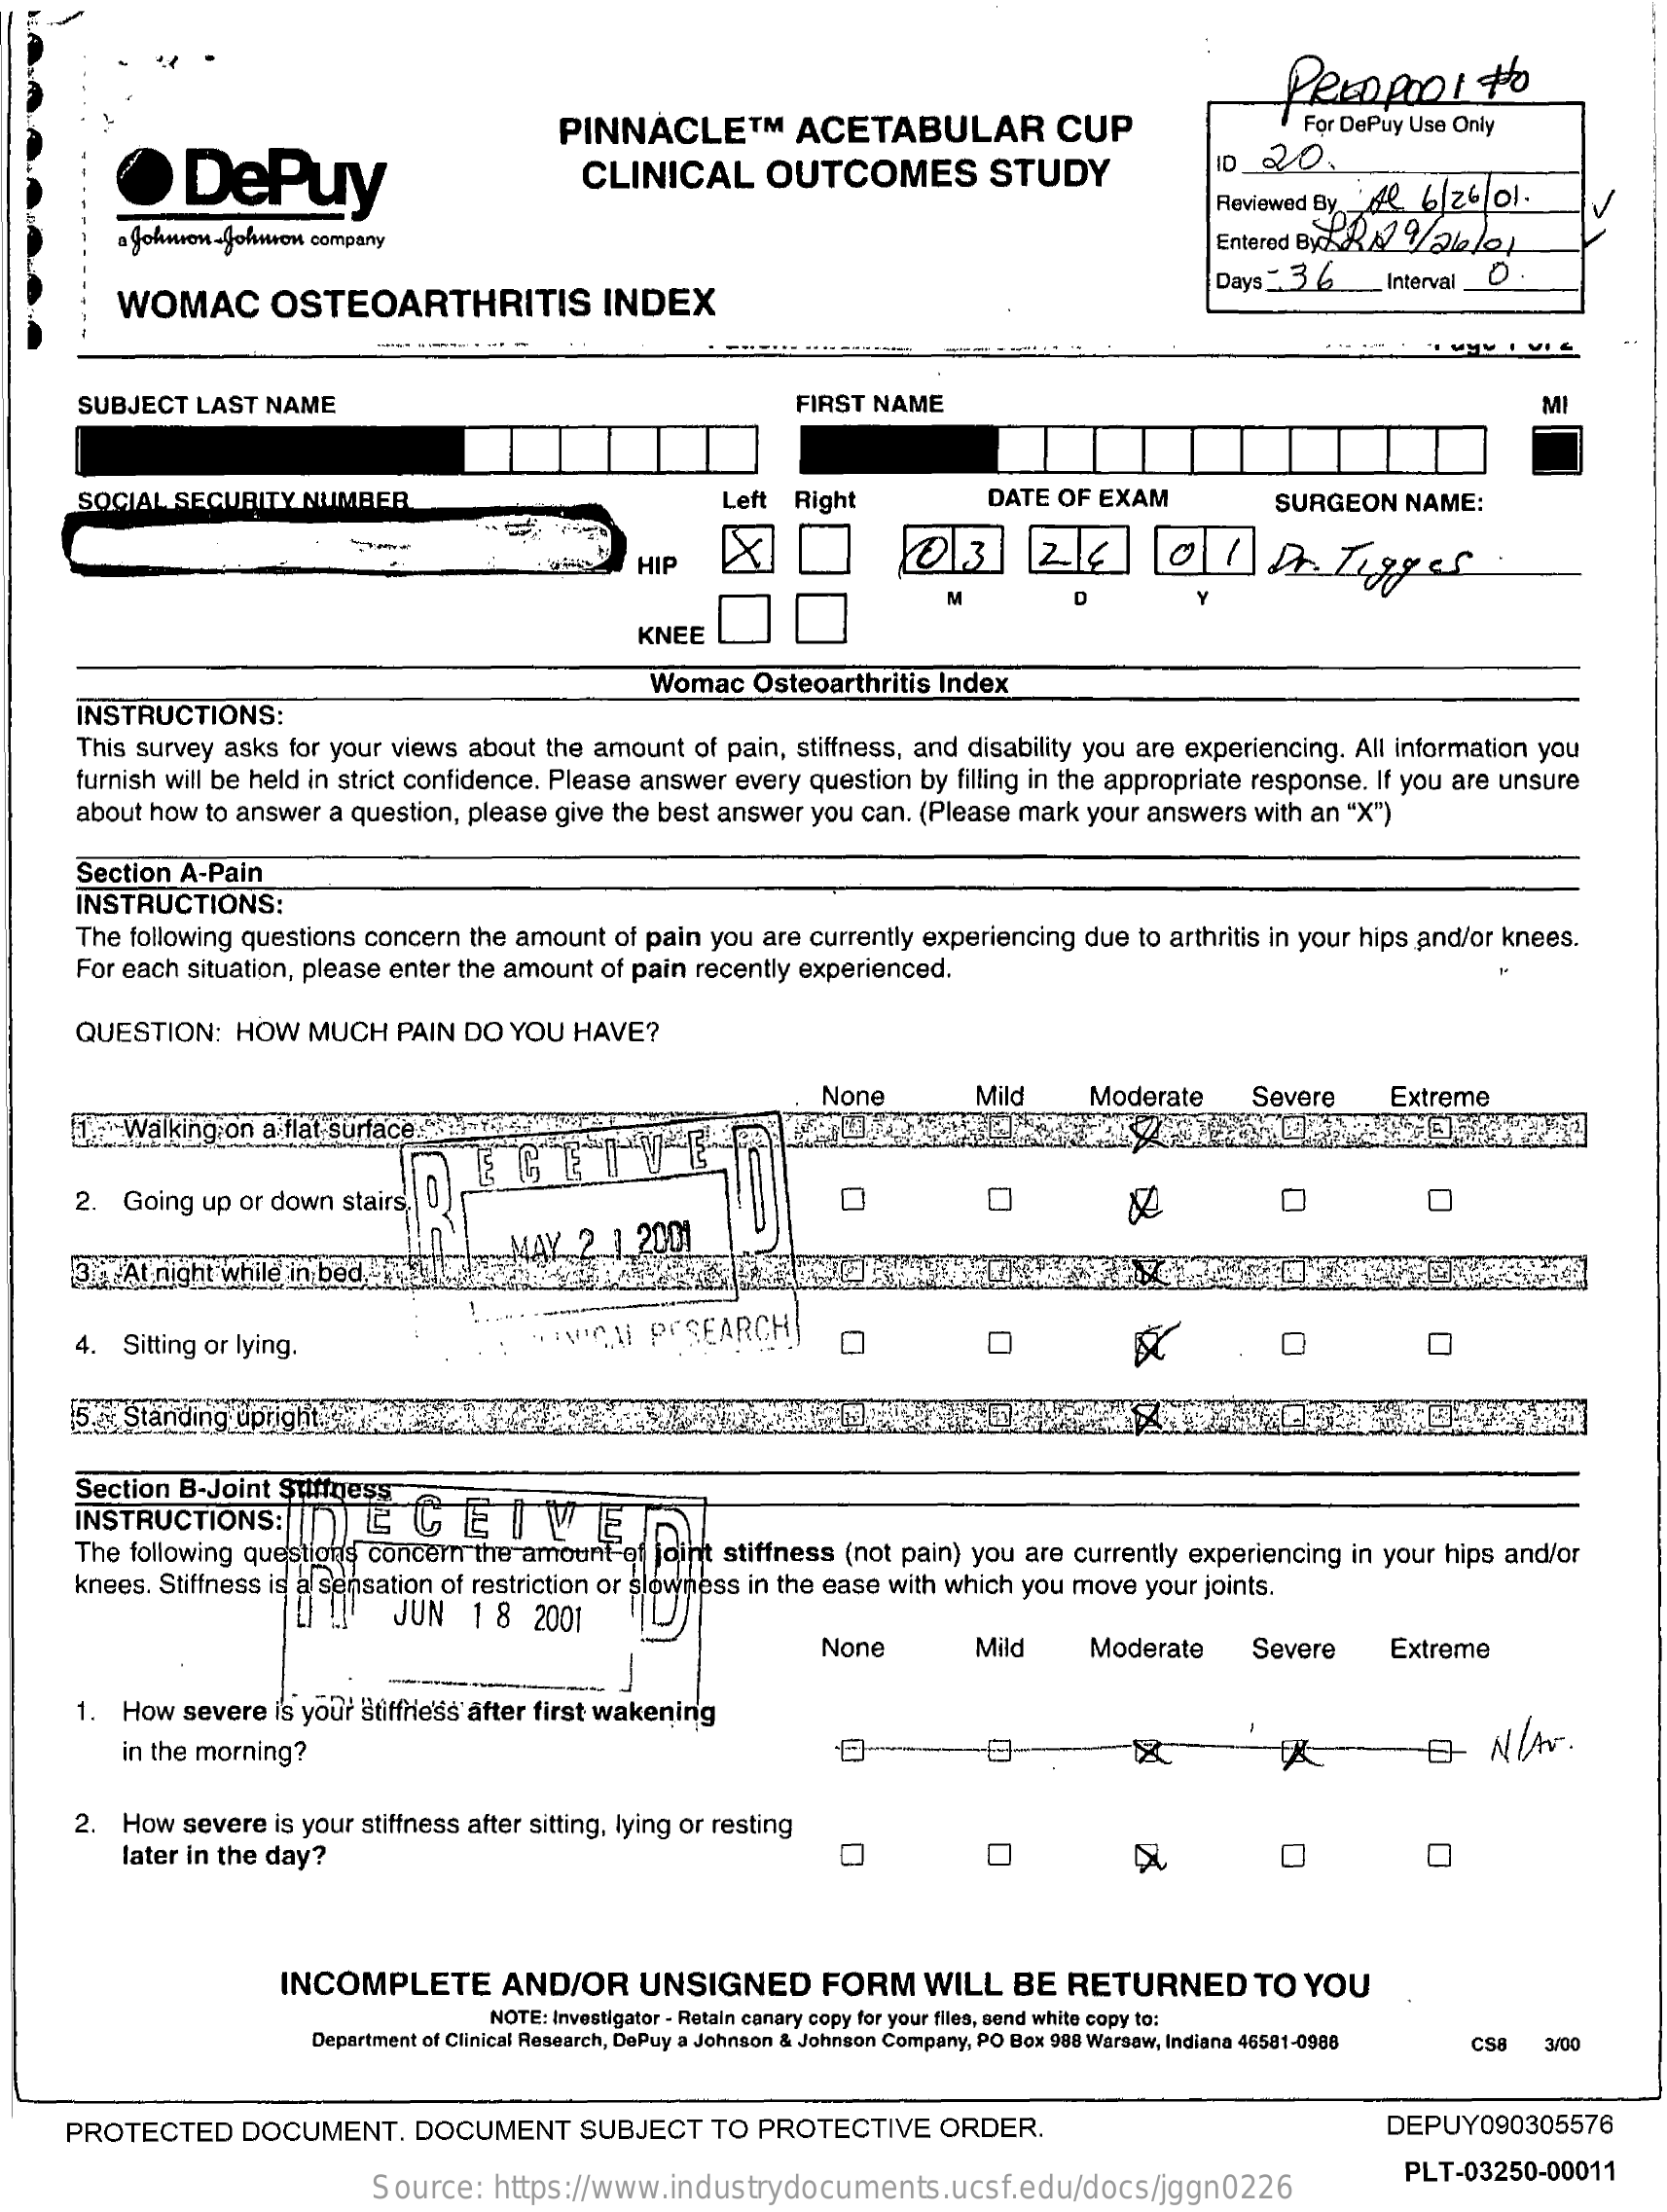
PREDPODI    #
     PINNACLE    ™   ACETABULAR    CUP    For DePuy Use Only
     DePuy    CLINICAL    OUTCOMES    STUDY    0  20.
     Reviewed By 'Al. 6/26/01.
     Johnson-Johnson company    Entered By/ 2 1 /2leo
     WOMAC    OSTEOARTHRITIS    INDEX
     Days - 3 6   Interval_O .
     SUBJECT LAST NAME    FIRST NAME    MI
     SOCIAL SECURITY NUMBER    Left  Right    DATE OF EXAM    SURGEON  NAME:
     XI    12/6
     HIP
     M
     KNEE
     Womac  Osteoarthritis Index
     INSTRUCTIONS:
     This survey asks for your views about the amount of pain, stiffness, and disability you are experiencing. All information you
     furnish will be held in strict confidence. Please answer every question by filling in the appropriate response. If you are unsure
     about how to answer a question, please give the best answer you can. (Please mark your answers with an "X")
     Section A-Pain
     INSTRUCTIONS:
     The following questions concern the amount of pain you are currently experiencing due to arthritis in your hips and/or knees.
     For each situation, please enter the amount of pain recently experienced.
     QUESTION:  HOW  MUCH   PAIN DO YOU HAVE?
     None    Mild    Moderate    Severe    Extreme
     talking on a flat surface ."3-7%
     EGEIVE
     2. Going up or down stairs,
     MAY  2 1 2001
     IS cr At night while i
     pa
     4. Sitting or lying.
     PCSEARCH
     (5. Standing
     Section B-Joint Stiffness
     INSTRUCTIONS:    &CEIVE
     The following questions concern the amount of joint stiffness (not pain) you are currently experiencing in your hips and/or
     knees. Stiffness is al sensation of restriction or slowness in the ease with which you move your joints.
     JUN   1 8  2001
     None    Mild    Moderate    Severe    Extreme
     1. How severe is your Stiffness after first wakening
     in the morning?    E- NIAv.
     2. How severe is your stiffness after sitting, lying or resting
     later in the day?    0    O
     INCOMPLETE    AND/OR    UNSIGNED    FORM    WILL  BE  RETURNED    TO  YOU
     NOTE: Investigator - Retain canary copy for your files, send white copy to:
     Department of Clinical Research, DePuy a Johnson & Johnson Company, PO Box 988 Warsaw, Indiana 46581-0988 csa 3/00
     PROTECTED   DOCUMENT.    DOCUMENT    SUBJECT   TO PROTECTIVE   ORDER.    DEPUY090305576
     Source: https://www.industrydocuments.ucsf.edu/docs/jggn0226
     PLT-03250-00011